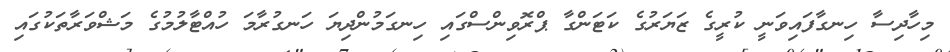
މިހާދިސާ ހިނގާފައިވަނީ ކުރީގެ ޒަޔަރުގެ ކަޓަންގާ ޕްރޮވިންސްގައި ހިނގަމުންދިޔަ ހަނގުރާމަ ހުއްޓާލުމުގެ މަޝްވަރާތަކުގައި